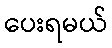
ပေးရမယ်